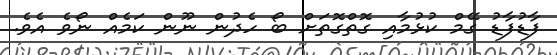
ފާޑުފާޑު ގޭމް ކުޅުމާއި ގޮތްގޮތަށް ބޯ ހެދުން ނޫން ކަމެއް ނޯވެ އެވެ.